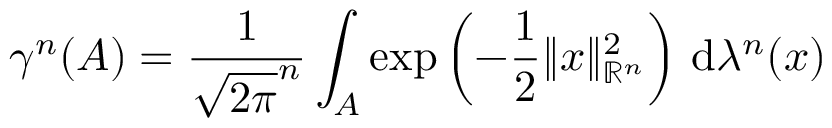
\gamma ^ { n } ( A ) = { \frac { 1 } { { \sqrt { 2 \pi } } ^ { n } } } \int _ { A } \exp \left( - { \frac { 1 } { 2 } } \| x \| _ { \mathbb { R } ^ { n } } ^ { 2 } \right) \, \mathrm { d } \lambda ^ { n } ( x )